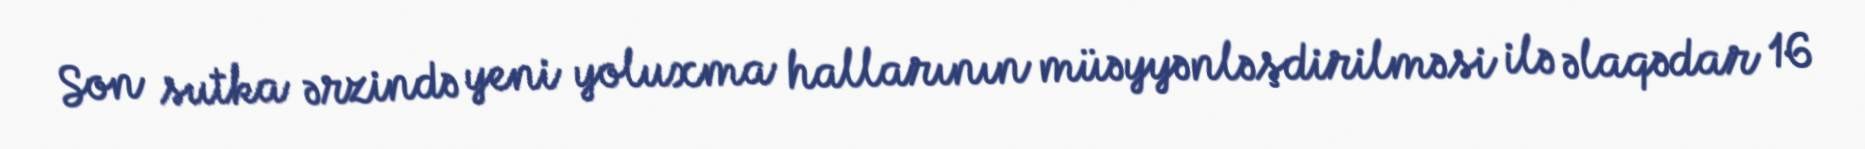
Son sutka ərzində yeni yoluxma hallarının müəyyənləşdirilməsi ilə əlaqədar 16